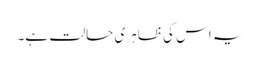
یہ اس کی ظاہری حالت ہے۔